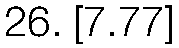
26. [7.77]